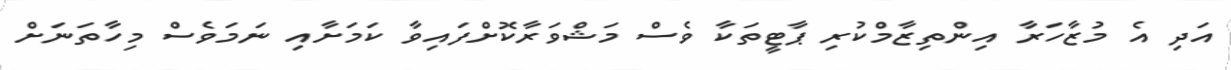
އަދި އެ މުޒާހަރާ އިންތިޒާމްކުރި ޕާޓީތަކާ ވެސް މަޝްވަރާކޮށްފައިވާ ކަމަށާއި ނަމަވެސް މިހާތަނަށް